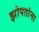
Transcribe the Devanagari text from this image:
झोपतांना